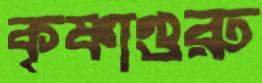
কৃষ্ণাগুরু